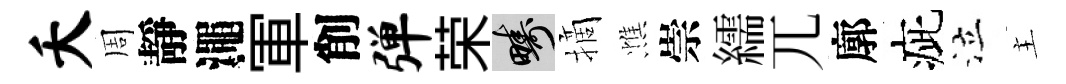
夭周靜澠軍削弹荣疇摘憔崇繻兀廓疵泣主